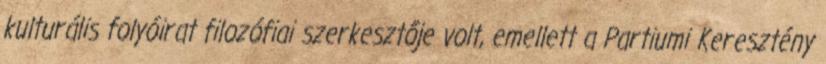
kulturális folyóirat filozófiai szerkesztője volt, emellett a Partiumi Keresztény